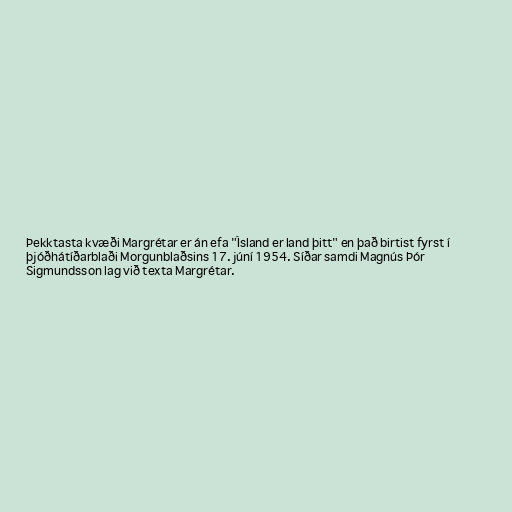
Þekktasta kvæði Margrétar er án efa "Ísland er land þitt" en það birtist fyrst í
þjóðhátíðarblaði Morgunblaðsins 17. júní 1954. Síðar samdi Magnús Þór
Sigmundsson lag við texta Margrétar.